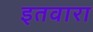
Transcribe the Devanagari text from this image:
इतवारा